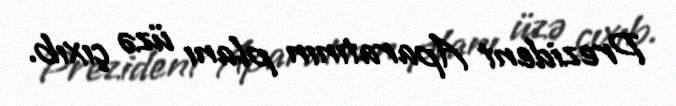
Prezident Aparatının planı üzə çıxıb.